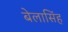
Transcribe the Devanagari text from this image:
बेलासिंह